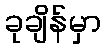
ခုချိန်မှာ